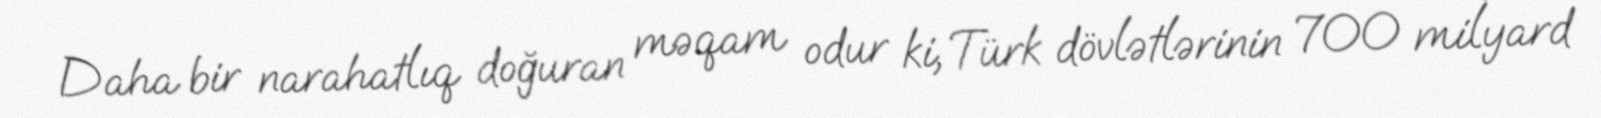
Daha bir narahatlıq doğuran məqam odur ki, Türk dövlətlərinin 700 milyard